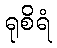
ရုစိရံ